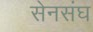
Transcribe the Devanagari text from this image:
सेनसंघ